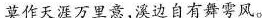
莫作天涯万里意，溪边自有舞雩风。